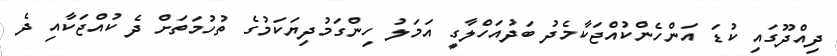
ދިއްދޫގައި ކުޑަ އަންހެންކުއްޖަކާމެދު ބަދުއަހްލާގީ އަމަލު ހިންގަމުދިޔަކަމުގެ ތުހުމަތަށް ދެ ކުއްޖަކާއި ދެ